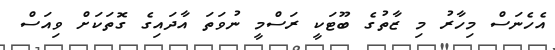
އެހެނަސް މިހާރު މި ޒާތުގެ ބޫޓަކީ ރަސްމީ ނުވަތަ އާދައިގެ ގޮތަކަށް ވިއަސް